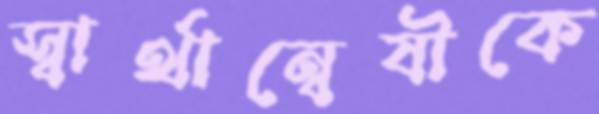
স্বার্থান্বেষীকে